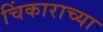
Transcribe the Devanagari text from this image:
चिंकाराच्या